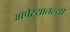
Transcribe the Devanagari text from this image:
ऑपेऱ्यातल्या